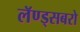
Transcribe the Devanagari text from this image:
लॅण्ड्सबरो